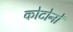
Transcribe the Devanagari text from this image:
कोटोनों